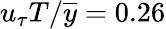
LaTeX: u_{\tau}T/\overline{y}=0.26